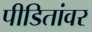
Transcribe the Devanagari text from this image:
पीडितांवर